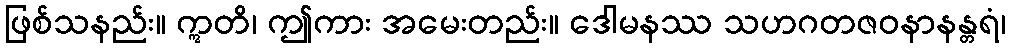
ဖြစ်သနည်း။ ဣတိ၊ ဤကား အမေးတည်း။ ဒေါမနဿ သဟဂတဇဝနာနန္တရံ၊